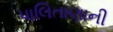
પાલિતાણાની